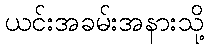
ယင်းအခမ်းအနားသို့